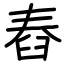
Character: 舂